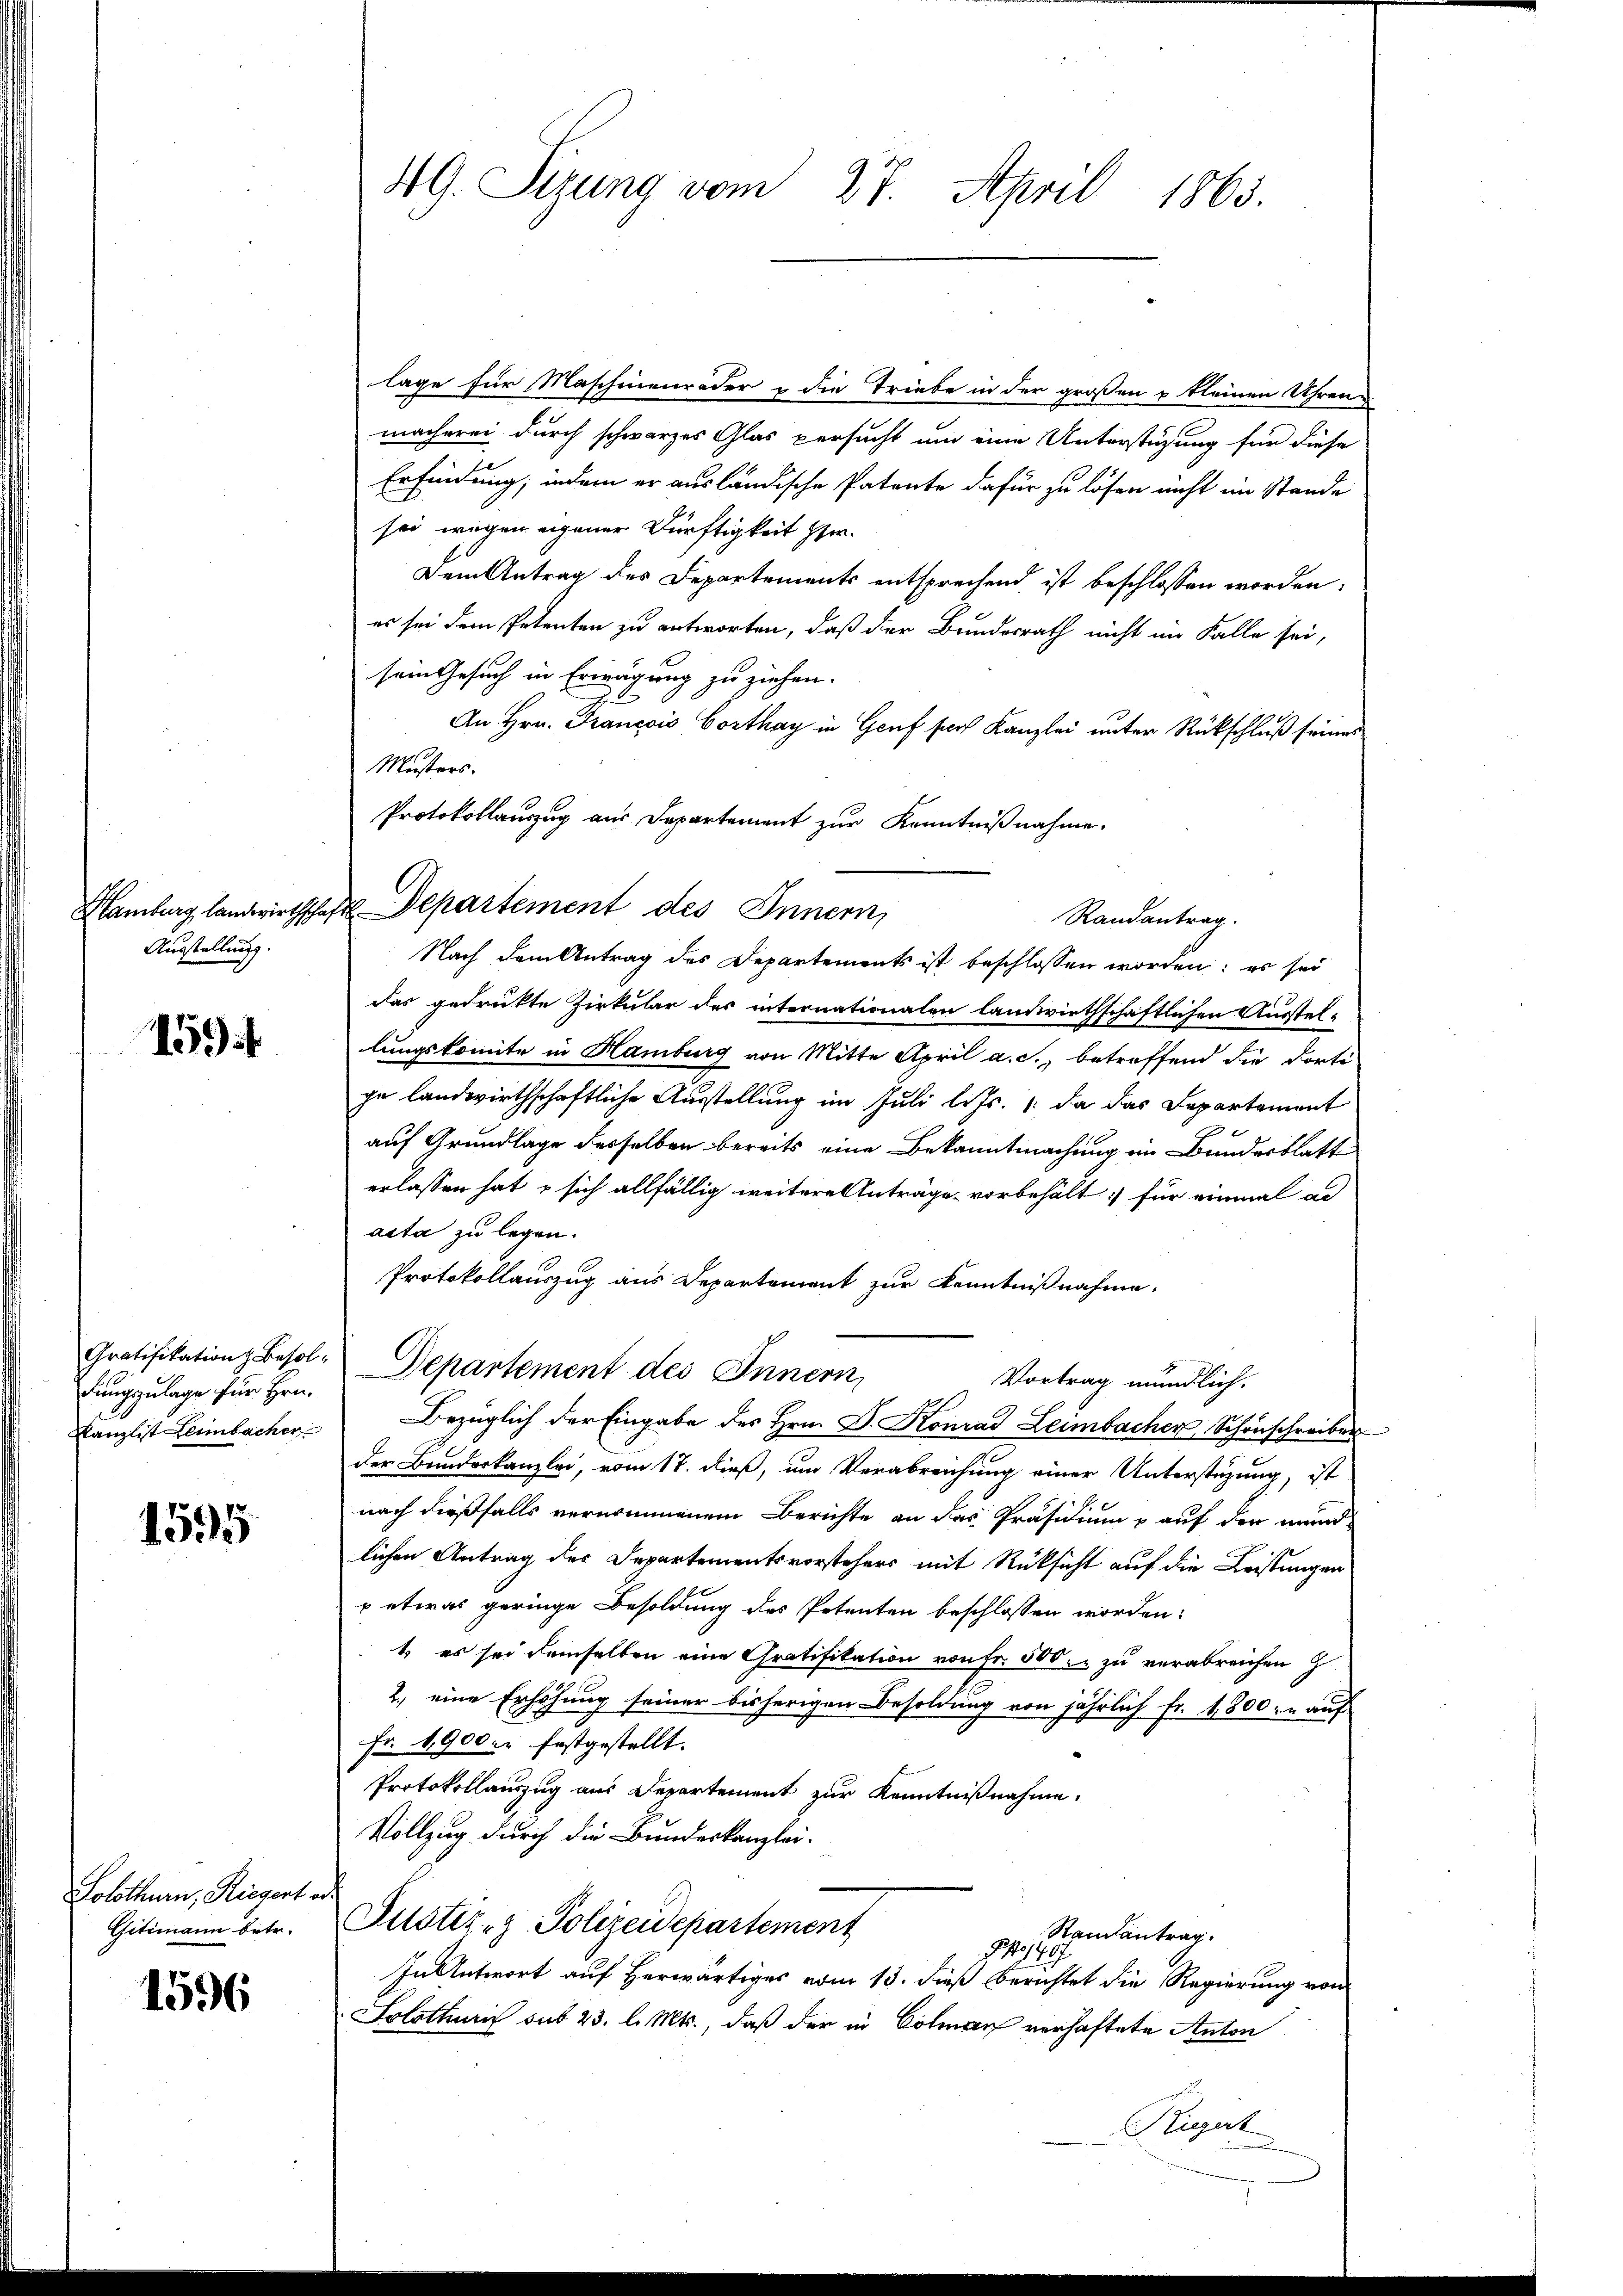
Ausstellung.

159

dungszulage für Hrn.
Kanzlist Leimbacher

1595

Solothurn, Riegert
Gitimann betr.

1596

4G. Sizung vom 27. April 1865.

lage für Maschinenroder zu die Triebe in der großen u kleinen Uhren
macherei durch schwarzes Glas versucht um eine Unterstützung für diese
Erfindung, indem er ausländische Patente dafür zu lösen nicht im Stande
sei wegen eigener Dürftigkeit her.
Dem Antrag des Departements entsprechend ist beschlossen worden:
es sei dem Petenten zu antworten, daß der Bundesrath nicht im Falle sei,
sein Gesuch in Erwägung zu ziehen.
An Hrn. Francois Corthay in Genf sach Kanzlei unter Rückschluß seines
Musters.
Nach dem Antrag des Departements ist beschlossen worden; es sei
das gedrükte Zirkular des internationalen landwirthschaftlichen Ausstel-
lungskomite in Hamburg von Mitte April a. c., betreffend die dorti
ge landwirthschaftliche Ausstellung im Juli l. Js. da das Departement
auf Grundlage desselben bereits eine Bekanntmachung im Bundesblatt
erlassen hat & sich allfällig weitere Anträge vorbehält: für einmal ad
acta zu legen.
Protokollauszug aus Departement zur Kenntnißnahme,
Gratifikation Besol. Departement des Innern,
Vortrag mündlich.
Bezüglich der Eingabe des Hrn. D. Konrad Leimbacher Schönschreiber
der Bundeskanzlei, vom 17. dieß, um Verabreichung einer Unterstüzung, ist
nach dießfalls vernommenem Berichte an das Präsidium & auf den mund
lichen Antrag des Departementsvorstehers mit Rücksicht auf die Leistungen
u etwas geringe Besoldung des Petenten beschlossen worden:
1. es sei demselben eine Gratifikation von Fr. 500 zu verabreichen
2., eine Erhöhung seiner bisherigen Besoldung von jährlich Fr. 1800. auf
Fr. 1900. festgestellt.
Protokollauszug aus Departement zur Kenntnißnahme.
Vollzug durch die Bundeskanzlei-
s
Justiz- & Polizeidepartement
Randantrag.
1407
In Antwort auf Herwärtiges vom 13. dieß berichtet die Regierung von
Solothurn aus 23. l. Mts., daß der in Colman verhaftete Anton
Rigut

Hamburg landwirthschaft Departement des Innern,

Protokollauszug aus Departement zur Kenntnißnahme.
Randantrag.